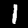
Label: 1